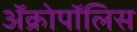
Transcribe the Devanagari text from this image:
ॲक्रोपॉलिस